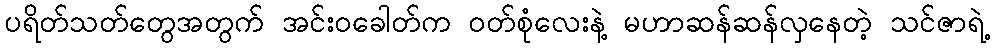
ပရိတ်သတ်တွေအတွက် အင်းဝခေါတ်က ဝတ်စုံလေးနဲ့ မဟာဆန်ဆန်လှနေတဲ့ သင်ဇာရဲ့